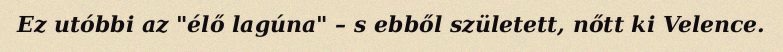
Ez utóbbi az "élő lagúna" – s ebből született, nőtt ki Velence.